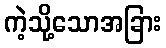
ကဲ့သို့သောအခြား